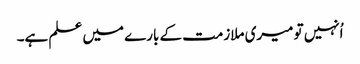
اُنہیں تو میری ملازمت کے بارے میں علم ہے۔